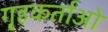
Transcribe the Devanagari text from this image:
गृहकर्ताओ